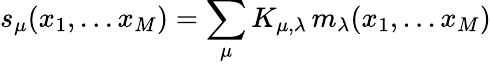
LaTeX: s_{\mu}(x_{1},...x_{M})=\sum_{\mu}K_{\mu,\lambda}\, m_{\lambda}(x_{1},...x_{M})